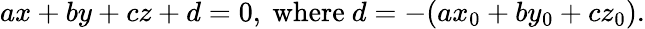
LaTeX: ax+by+cz+d=0,{\mathrm{~where~}}d=-(ax_{0}+by_{0}+cz_{0}).